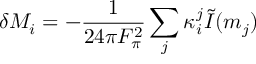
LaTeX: \delta M _ { i } = - { \frac { 1 } { 2 4 \pi F _ { \pi } ^ { 2 } } } \sum _ { j } \kappa _ { i } ^ { j } \tilde { I } ( m _ { j } )